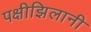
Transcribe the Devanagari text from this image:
पक्षीझिलानी